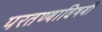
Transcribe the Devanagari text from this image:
परतण्याविषयी